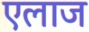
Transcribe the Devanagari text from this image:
एलाज